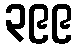
၃၉၉